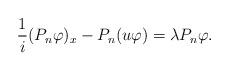
LaTeX: \begin{align*}\frac{1}{i}(P_n\varphi)_x-P_n(u\varphi)=\lambda P_n\varphi.\end{align*}